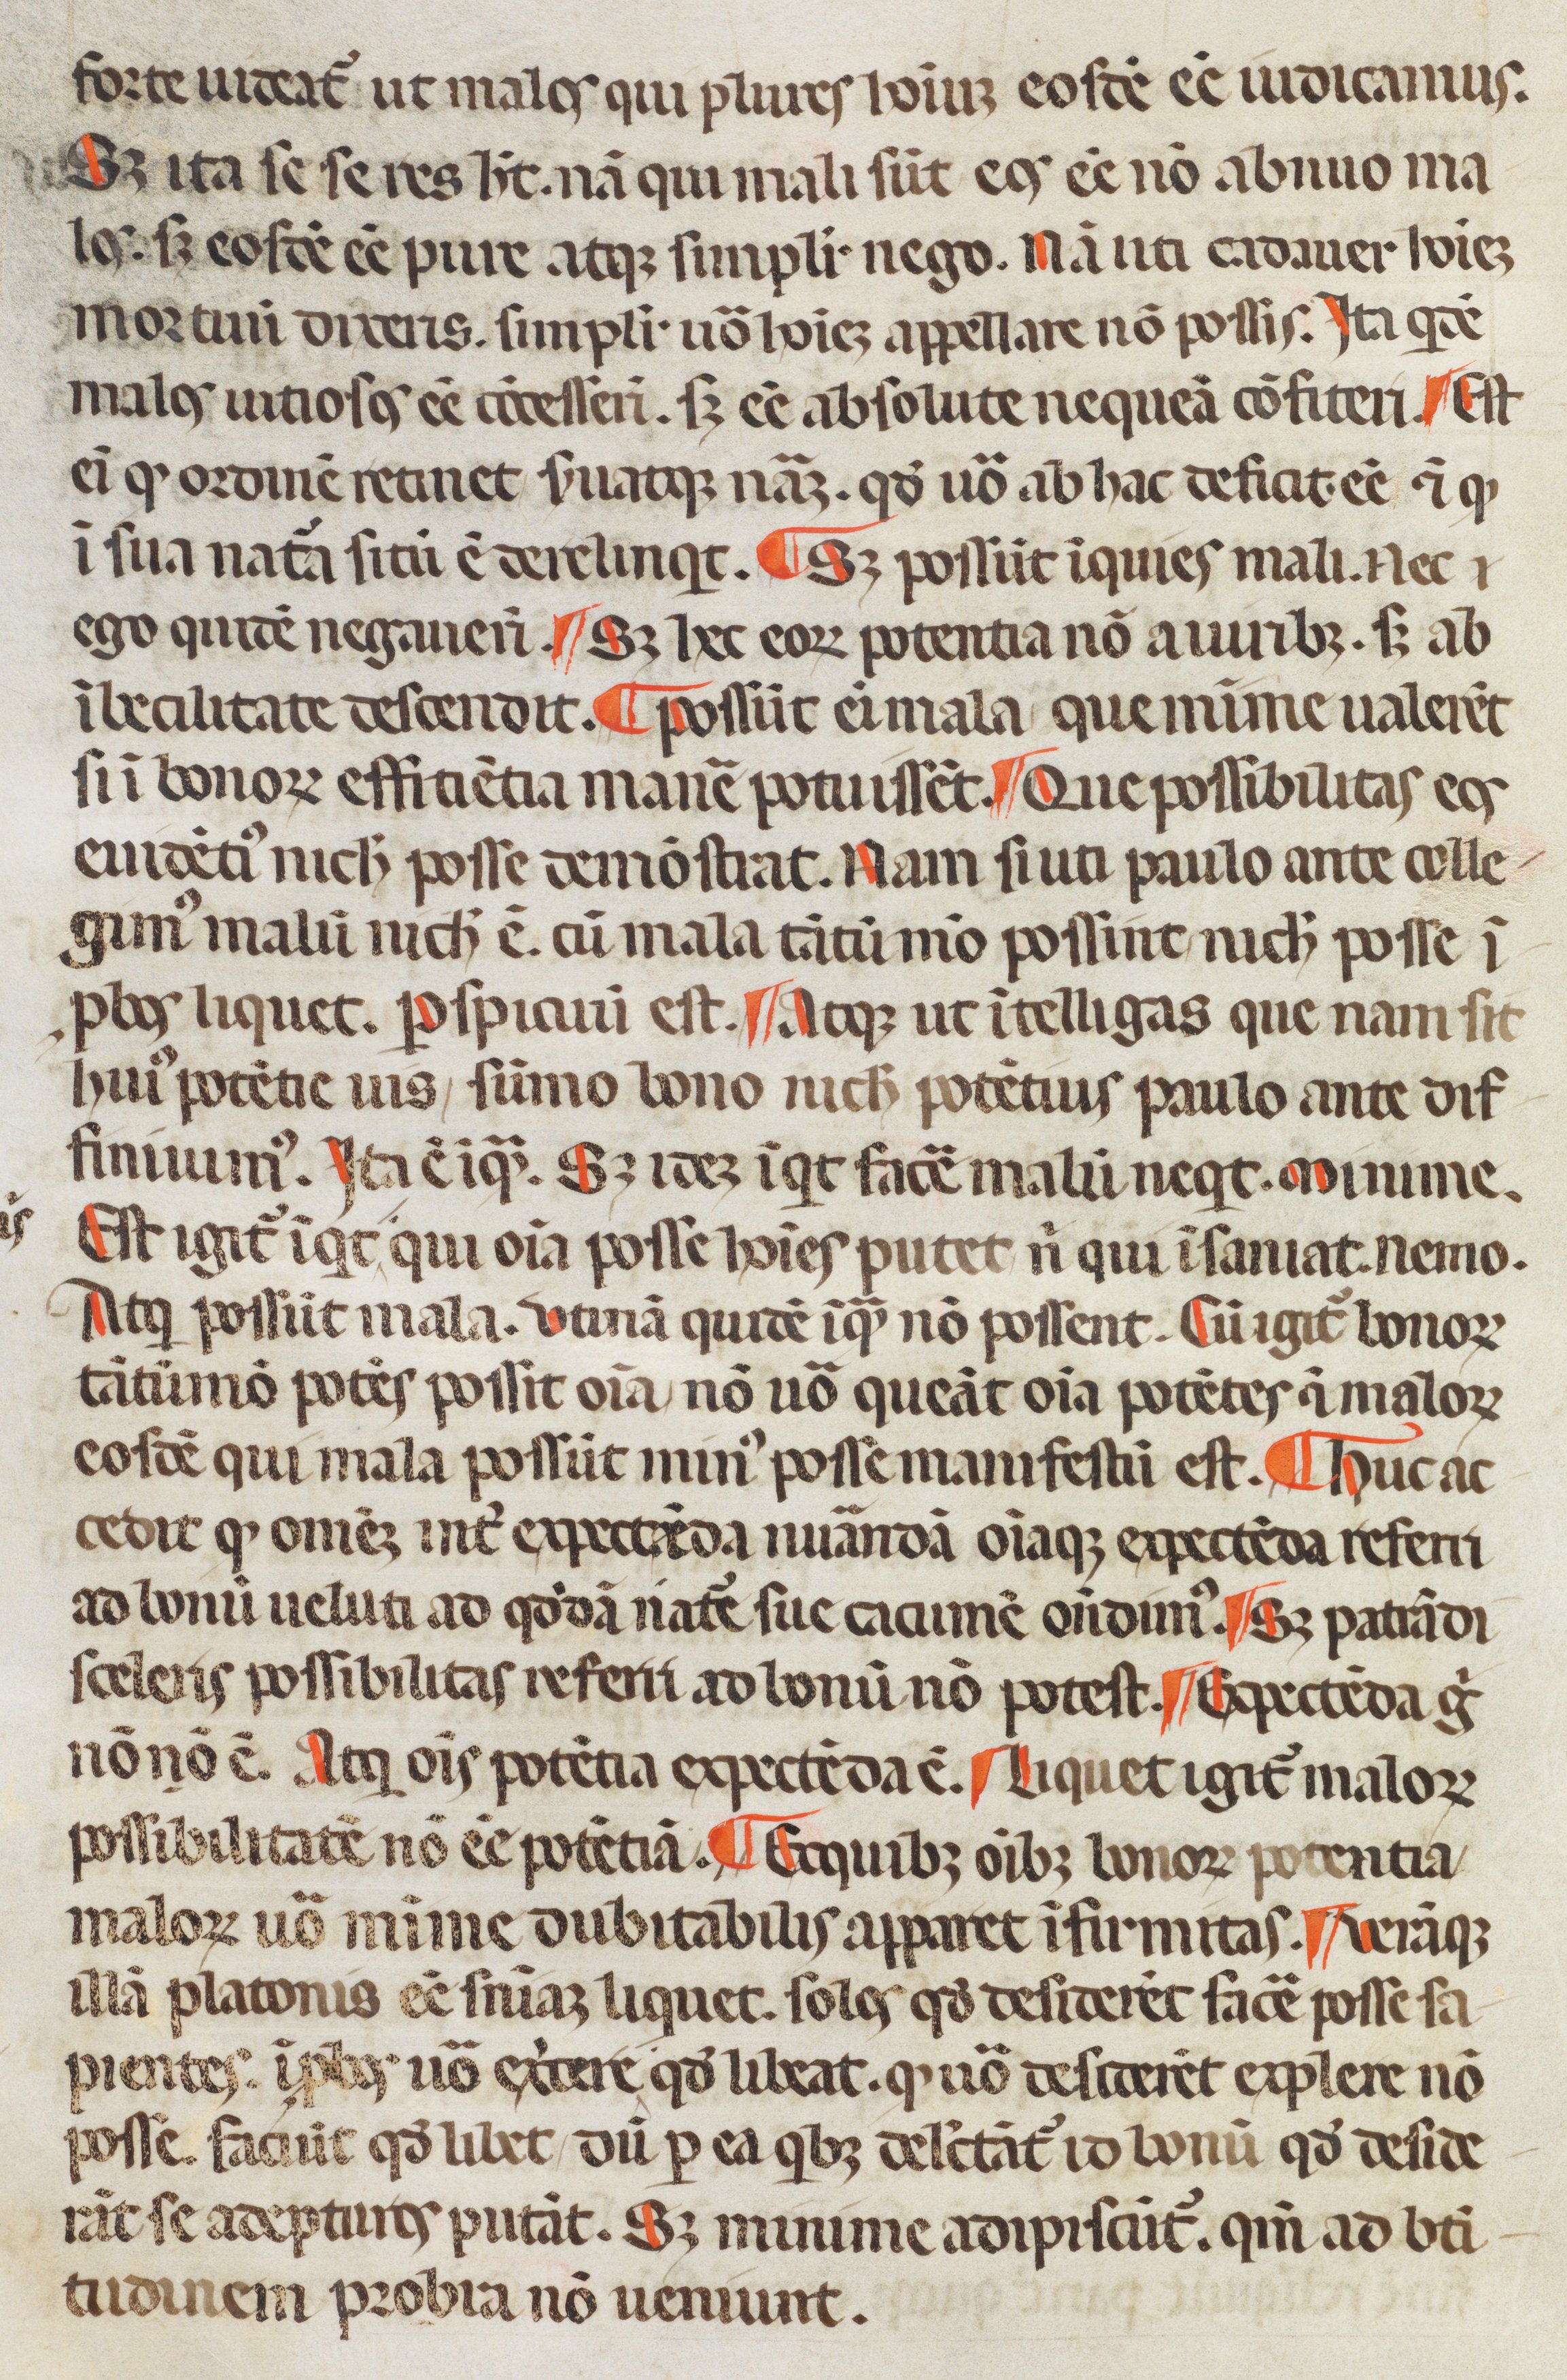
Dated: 1350–1399